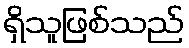
ရှိသူဖြစ်သည်